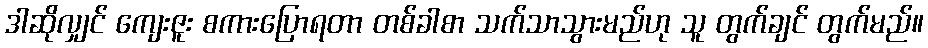
ဒါဆိုလျှင် ကျေးဇူး စကားပြောရတာ တစ်ခါစာ သက်သာသွားမည်ဟု သူ တွက်ချင် တွက်မည်။